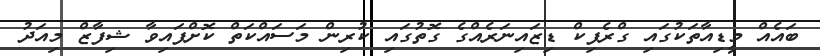
ބައެއް މީޑިއާތަކުގައި ގްރެފިކް ޑިޒައިނަރެއްގެ ގޮތުގައި ކުރިން މަސައްކަތް ކޮށްފައިވާ ޝިފާޒް މިއަދު